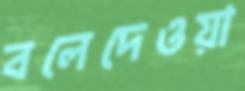
বলেদেওয়া